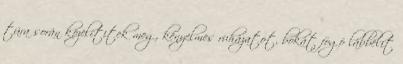
túra során közelítitek meg, kényelmes ruházatot, bokát fogó lábbelit